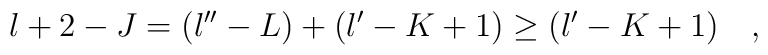
l+2-J = (l^{\prime\prime} - L) + (l^\prime - K + 1)\geq (l^\prime -K +1) \quad,